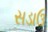
સડાઉ